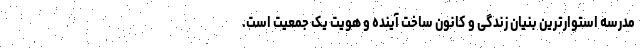
مدرسه استوارترین بنیان زندگی و کانون ساخت آینده و هویت یک جمعیت است.‌